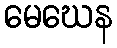
မေဃေန